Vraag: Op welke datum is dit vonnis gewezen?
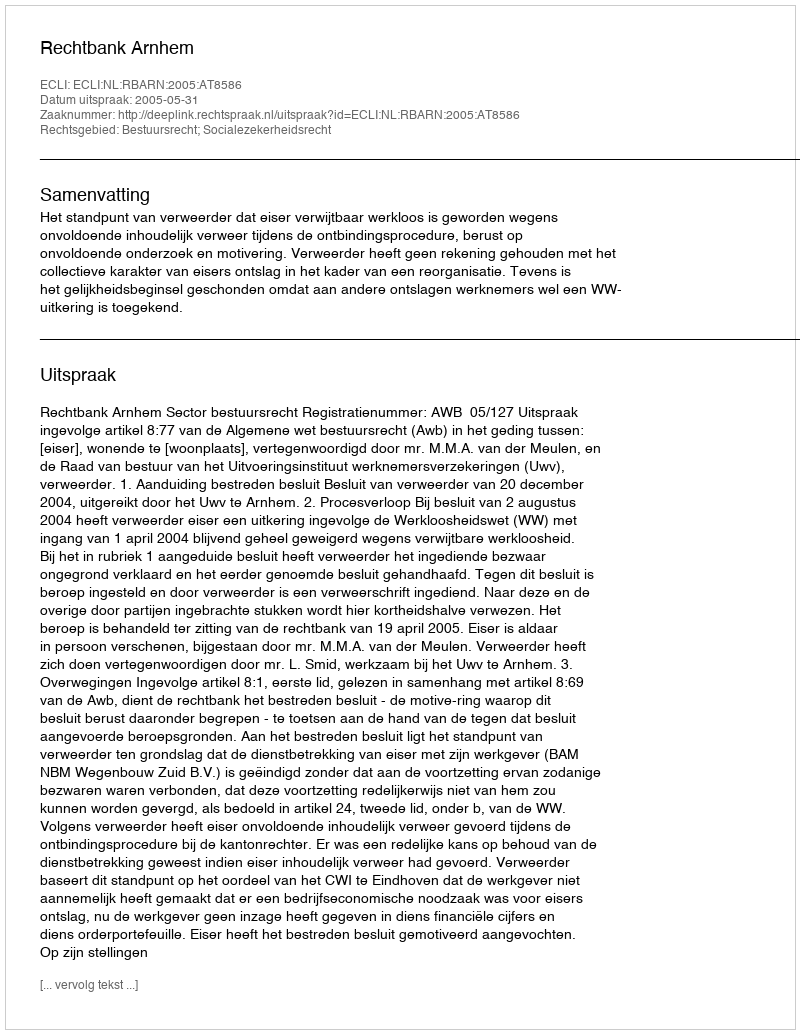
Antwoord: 2005-05-31